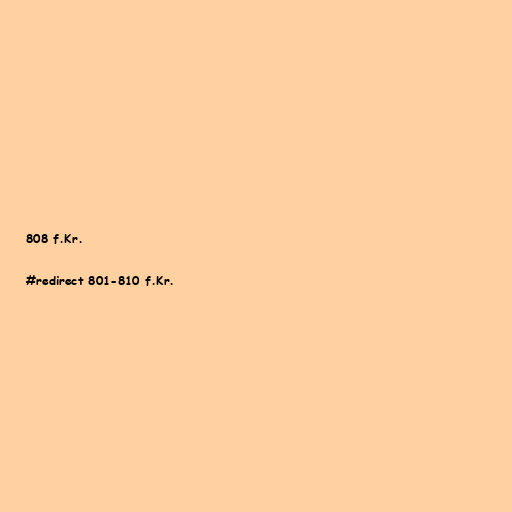
808 f.Kr.

#redirect 801-810 f.Kr.